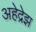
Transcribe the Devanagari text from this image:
अहेद्रेझ